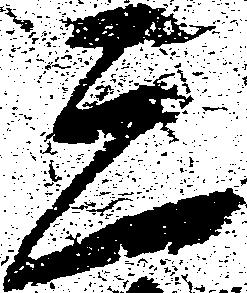
三